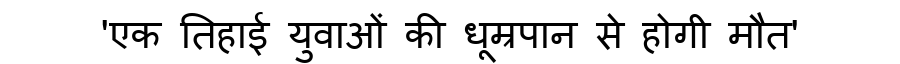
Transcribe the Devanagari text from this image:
'एक तिहाई युवाओं की धूम्रपान से होगी मौत'